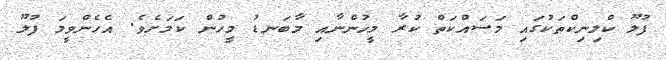
ފުލޫ ކްލިނިކްތަކުގައި މަސައްކަތް ކުރާ މީހުންނާއި މާބަނޑު މީހުން ކަމަށެވެ. އެހެންވީމަ ފުލޫ